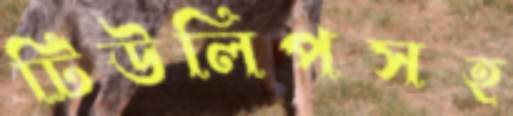
টিউলিপসহ